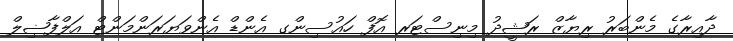
ދާއިރާގެ މެންބަރު ރިޔާޒް ރަޝީދު މިނިސްޓަރ އޮފް ހައުސިންގ އެންޑް އެންވަޔަރަންމަންޓް އަލްފާޟިލް